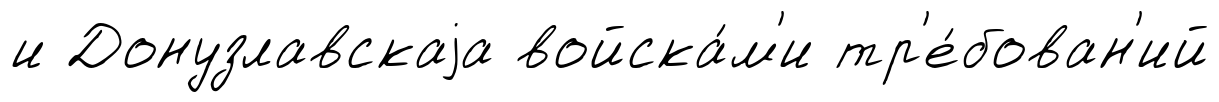
и Донузлавскаjа войска́м'и тр'е́бован'ий